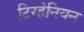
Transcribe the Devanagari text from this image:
टिरहेनियन